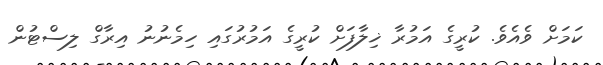
ކަމަށް ވެއެވެ. ކުރީގެ އަމުރާ ޚިލާފަށް ކުރީގެ އަމުރުގައި ހިމެނުނު އިރާގް ލިސްޓުން